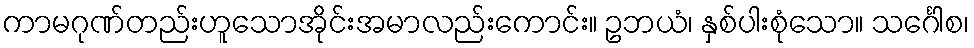
ကာမဂုဏ်တည်းဟူသောအိုင်းအမာလည်းကောင်း။ ဥဘယံ၊ နှစ်ပါးစုံသော။ သင်္ဂေါစ၊